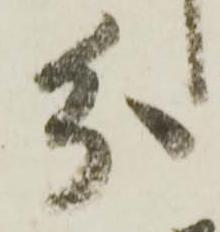
分